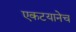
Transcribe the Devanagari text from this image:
एकटयानेच